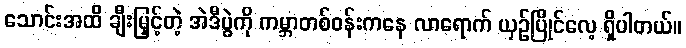
သောင်းအထိ ချီးမြှင့်တဲ့ အဲဒီပွဲကို ကမ္ဘာတစ်ဝန်းကနေ လာရောက် ယှဉ်ပြိုင်လေ့ ရှိပါတယ်။